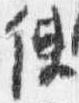
使